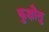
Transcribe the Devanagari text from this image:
कुक्षौतु